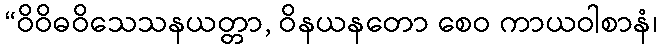
“ဝိဝိဓဝိသေသနယတ္တာ, ဝိနယနတော စေဝ ကာယဝါစာနံ၊